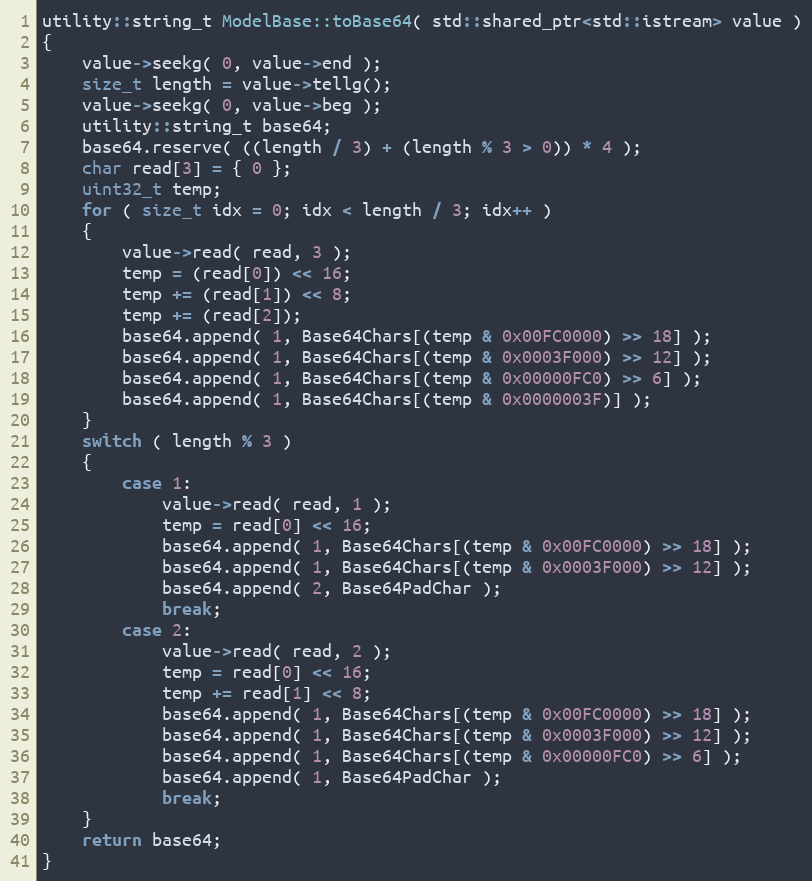
Language: C++
utility::string_t ModelBase::toBase64( std::shared_ptr<std::istream> value )
{
    value->seekg( 0, value->end );
    size_t length = value->tellg();
    value->seekg( 0, value->beg );
    utility::string_t base64;
    base64.reserve( ((length / 3) + (length % 3 > 0)) * 4 );
    char read[3] = { 0 };
    uint32_t temp;
    for ( size_t idx = 0; idx < length / 3; idx++ )
    {
        value->read( read, 3 );
        temp = (read[0]) << 16;
        temp += (read[1]) << 8;
        temp += (read[2]);
        base64.append( 1, Base64Chars[(temp & 0x00FC0000) >> 18] );
        base64.append( 1, Base64Chars[(temp & 0x0003F000) >> 12] );
        base64.append( 1, Base64Chars[(temp & 0x00000FC0) >> 6] );
        base64.append( 1, Base64Chars[(temp & 0x0000003F)] );
    }
    switch ( length % 3 )
    {
        case 1:
            value->read( read, 1 );
            temp = read[0] << 16;
            base64.append( 1, Base64Chars[(temp & 0x00FC0000) >> 18] );
            base64.append( 1, Base64Chars[(temp & 0x0003F000) >> 12] );
            base64.append( 2, Base64PadChar );
            break;
        case 2:
            value->read( read, 2 );
            temp = read[0] << 16;
            temp += read[1] << 8;
            base64.append( 1, Base64Chars[(temp & 0x00FC0000) >> 18] );
            base64.append( 1, Base64Chars[(temp & 0x0003F000) >> 12] );
            base64.append( 1, Base64Chars[(temp & 0x00000FC0) >> 6] );
            base64.append( 1, Base64PadChar );
            break;
    }
    return base64;
}